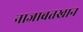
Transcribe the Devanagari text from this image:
नाजाबतखान